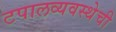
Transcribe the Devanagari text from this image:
टपालव्यवस्थेची